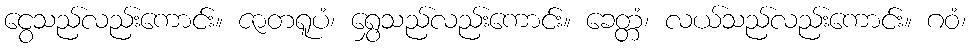
ငွေသည်လည်းကောင်း။ ဇာတရူပံ၊ ရွှေသည်လည်းကောင်း။ ခေတ္တံ၊ လယ်သည်လည်းကောင်း။ ဂဝံ၊